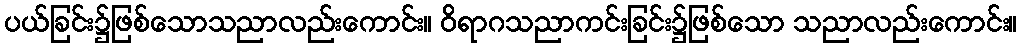
ပယ်ခြင်း၌ဖြစ်သောသညာလည်းကောင်း။ ဝိရာဂသညာကင်းခြင်း၌ဖြစ်သော သညာလည်းကောင်း။